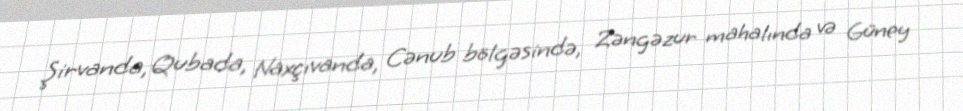
Şirvanda, Qubada, Naxçıvanda, Cənub bölgəsində, Zəngəzur mahalında və Güney